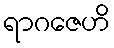
ရာဂဇေဟိ